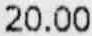
20.00